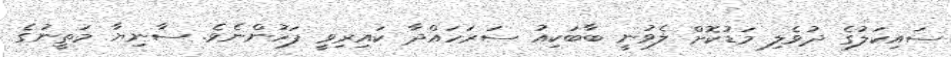
ސައިކަލުގެ ދުވެލި މަޑުކޮށް ލެވުނީ ބާބަކިއު ސަރަހައްދާ ކައިރިވީ ފަހުންނެވެ. ސާނިޔާ މަތީނުގެ